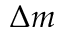
\Delta m